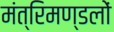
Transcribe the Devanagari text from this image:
मंत्रिमण्डलों